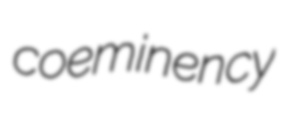
coeminency